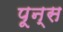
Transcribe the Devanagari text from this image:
पून्स